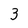
Character: 3